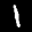
Label: 1